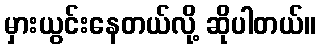
မှားယွင်းနေတယ်လို့ ဆိုပါတယ်။